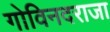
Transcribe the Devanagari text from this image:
गोविनदराजा